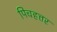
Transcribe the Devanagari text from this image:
पिचहत्तर